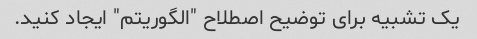
یک تشبیه برای توضیح اصطلاح "الگوریتم" ایجاد کنید.